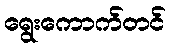
ရွေးကောက်တင်